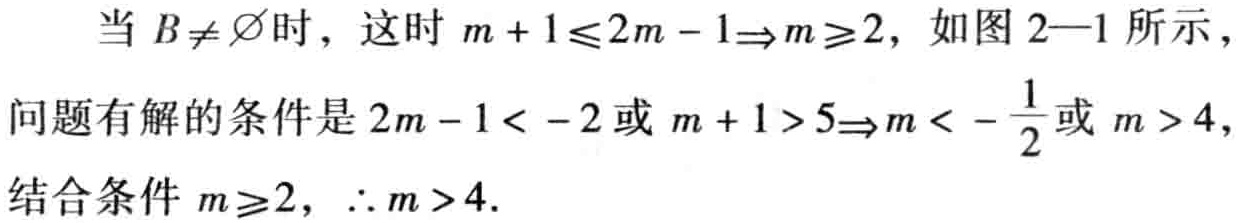
当 \(B\neq \varnothing\) 时，这时 \(m + 1\leqslant 2m - 1\Rightarrow m\geqslant 2\)，如图 2—1 所示，

问题有解的条件是 \(2m - 1< - 2\) 或 \(m + 1>5\Rightarrow m<-\frac{1}{2}\) 或 \(m > 4\)，

结合条件 \(m\geqslant 2\)，\(\therefore m > 4\).